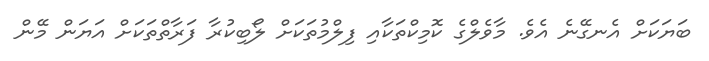
ބަޔަކަށް އެނގޭނެ އެވެ. މާވެލްގެ ކޮމިކްތަކާއި ފިލްމުތަކަށް ލޯބިކުރާ ފަރާތްތަކަށް އަޔަން މޭން